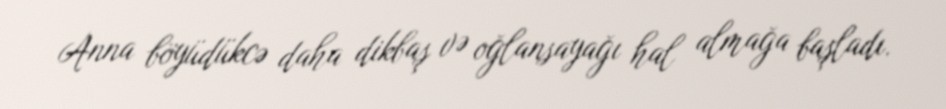
Anna böyüdükcə daha dikbaş və oğlansayağı hal almağa başladı.